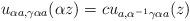
LaTeX: \begin{align*}u_{\alpha a,\gamma \alpha a}(\alpha z) = cu_{ a,\alpha^{-1}\gamma\alpha a}(z)\end{align*}